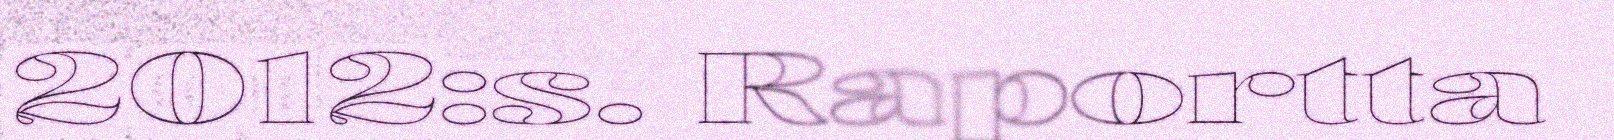
2012:s. Raportta